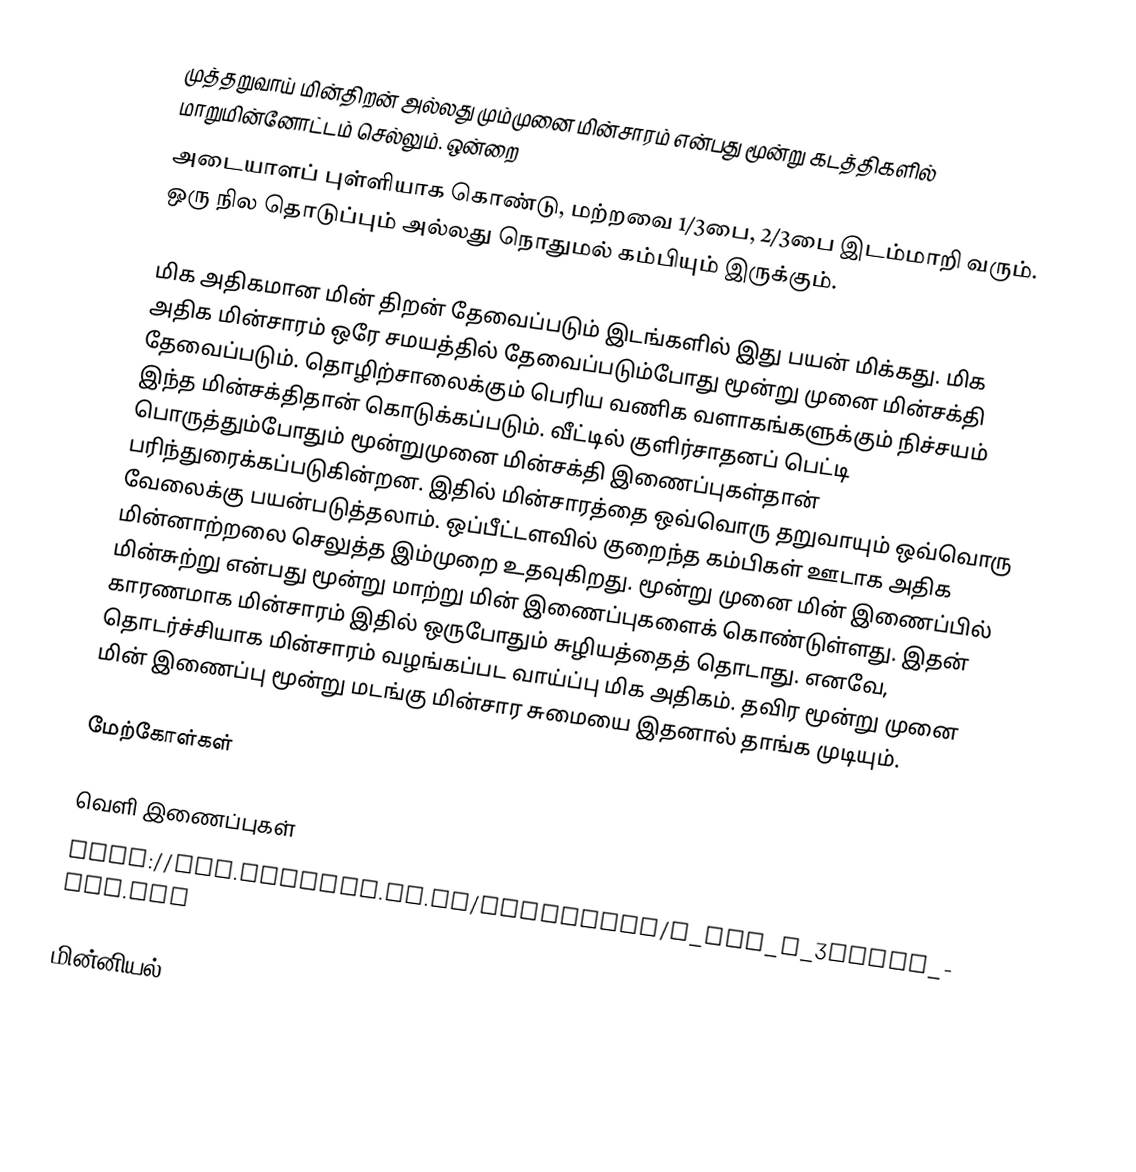
முத்தறுவாய் மின்திறன் அல்லது மும்முனை மின்சாரம் என்பது மூன்று கடத்திகளில் மாறுமின்னோட்டம் செல்லும்.  ஒன்றை
அடையாளப் புள்ளியாக கொண்டு, மற்றவை 1/3பை, 2/3பை இடம்மாறி வரும்.  ஒரு நில தொடுப்பும் அல்லது நொதுமல் கம்பியும் இருக்கும்.

மிக அதிகமான மின் திறன் தேவைப்படும் இடங்களில் இது பயன் மிக்கது. மிக அதிக மின்சாரம் ஒரே சமயத்தில் தேவைப்படும்போது மூன்று முனை மின்சக்தி  தேவைப்படும். தொழிற்சாலைக்கும் பெரிய வணிக வளாகங்களுக்கும் நிச்சயம் இந்த மின்சக்திதான் கொடுக்கப்படும். வீட்டில் குளிர்சாதனப் பெட்டி  பொருத்தும்போதும் மூன்றுமுனை மின்சக்தி இணைப்புகள்தான் பரிந்துரைக்கப்படுகின்றன. இதில் மின்சாரத்தை ஒவ்வொரு தறுவாயும் ஒவ்வொரு வேலைக்கு பயன்படுத்தலாம்.  ஒப்பீட்டளவில் குறைந்த கம்பிகள் ஊடாக அதிக மின்னாற்றலை செலுத்த இம்முறை உதவுகிறது. மூன்று முனை மின் இணைப்பில் மின்சுற்று என்பது மூன்று மாற்று மின் இணைப்புகளைக் கொண்டுள்ளது. இதன் காரணமாக மின்சாரம் இதில் ஒருபோதும் சுழியத்தைத் தொடாது. எனவே, தொடர்ச்சியாக மின்சாரம் வழங்கப்பட வாய்ப்பு மிக அதிகம். தவிர மூன்று முனை மின் இணைப்பு மூன்று மடங்கு மின்சார சுமையை இதனால் தாங்க முடியும்.

மேற்கோள்கள்

வெளி இணைப்புகள்
 http://www.koehler.me.uk/animation/e_and_m_3phase_gen.htm

மின்னியல்